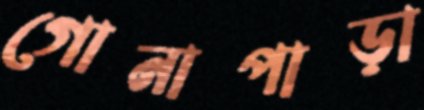
গোনাপাড়া